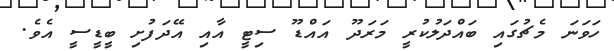
ހަވަނަ މެޗުގައި ބައްދަލުކުރީ މަރަދޫ އައްޑޫ ސިޓީ އާއި އޭދަފުށި ބީޑީސީ އެވެ.